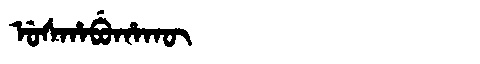
Manchu: ᡠᠰᡥᠠᠪᡠᡥᠠᡴᡡ
Romanization: USHABUHAKŪ